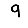
Digit: 9